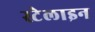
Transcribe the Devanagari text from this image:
स्टेलाइन